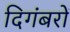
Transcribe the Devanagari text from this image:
दिगंबरों